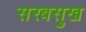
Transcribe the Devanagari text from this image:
सरबसुख